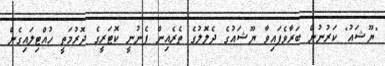
"ޔޫޝައު" ކަރުނުން ބަރާވެފައިވާ ޔޫޝައުގެ ދެލޮލުގެ ތެރެއިން ފެނުނީ ކޮޓަރީގެ ދޮރުމަތީ ހުއްޓިލައިގެން